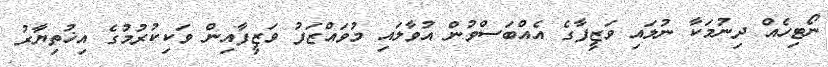
ނޯޓިހެއް ދިނުމަކާ ނުލައި ވަޒީފާގެ އެއްބަސްވުން އުވާލައި މުވައްޒަފު ވަޒީފާއިން ވަކިކުރުމުގެ އިޚުތިޔާރު